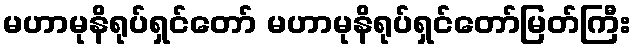
မဟာမုနိရုပ်ရှင်တော် မဟာမုနိရုပ်ရှင်တော်မြတ်ကြီး